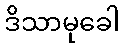
ဒိသာမုခေါ